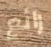
رائع